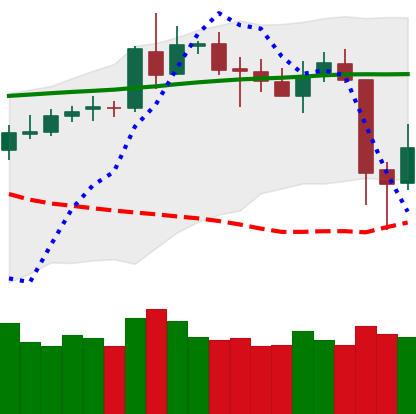
Ticker: BNB-USD
Chart end date: 2020-05-12
Forward return: 3.644%
Label: up_3_5